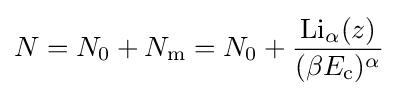
N=N_{0}+N_{\rm {m}}=N_{0}+{\frac {{\textrm {Li}}_{\alpha }(z)}{(\beta E_{\rm {c}})^{\alpha }}}